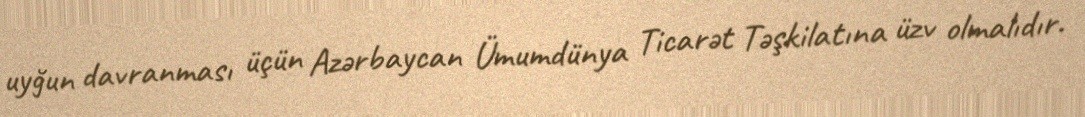
uyğun davranması üçün Azərbaycan Ümumdünya Ticarət Təşkilatına üzv olmalıdır.